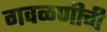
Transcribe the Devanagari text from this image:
गवळणीची